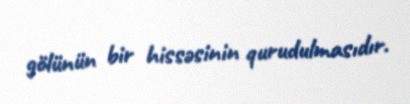
gölünün bir hissəsinin qurudulmasıdır.